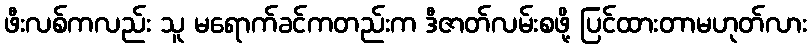
ဖီးလစ်ကလည်း သူ မရောက်ခင်ကတည်းက ဒီဇာတ်လမ်းစဖို့ ပြင်ထားတာမဟုတ်လား